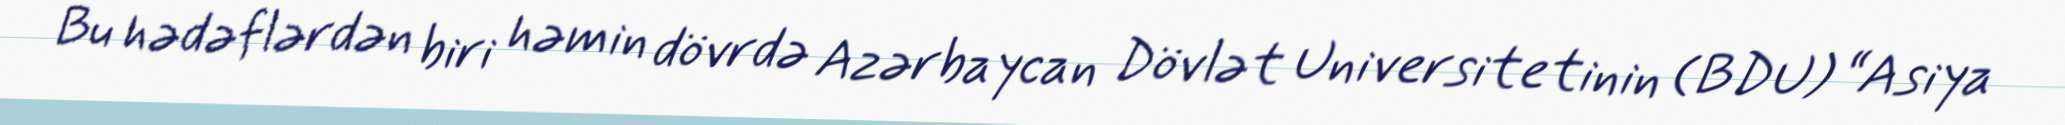
Bu hədəflərdən biri həmin dövrdə Azərbaycan Dövlət Universitetinin (BDU) “Asiya